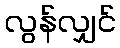
လွန်လျှင်